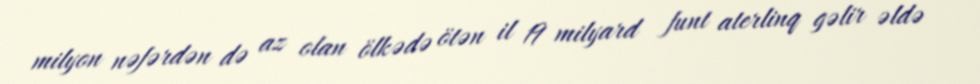
milyon nəfərdən də az olan ölkədə ötən il 19 milyard funt aterlinq gəlir əldə